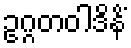
ဥဂ္ဂတဝါဒိနိံ